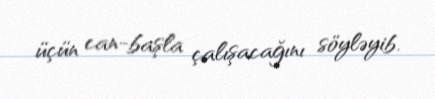
üçün can-başla çalışacağını söyləyib.